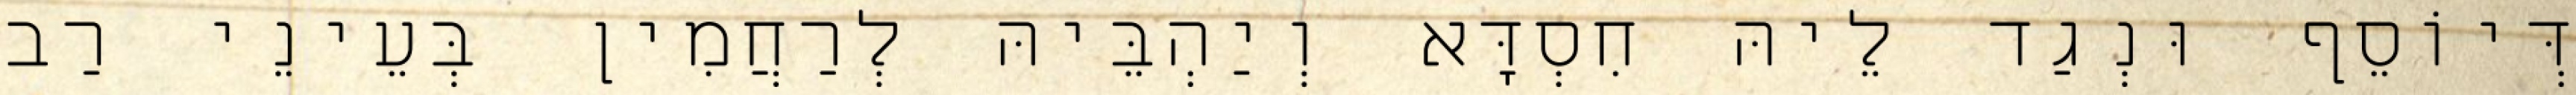
דְּיוֹסֵף וּנְגַד לֵיהּ חִסְדָּא וְיַהְבֵּיהּ לְרַחֲמִין בְּעֵינֵי רַב